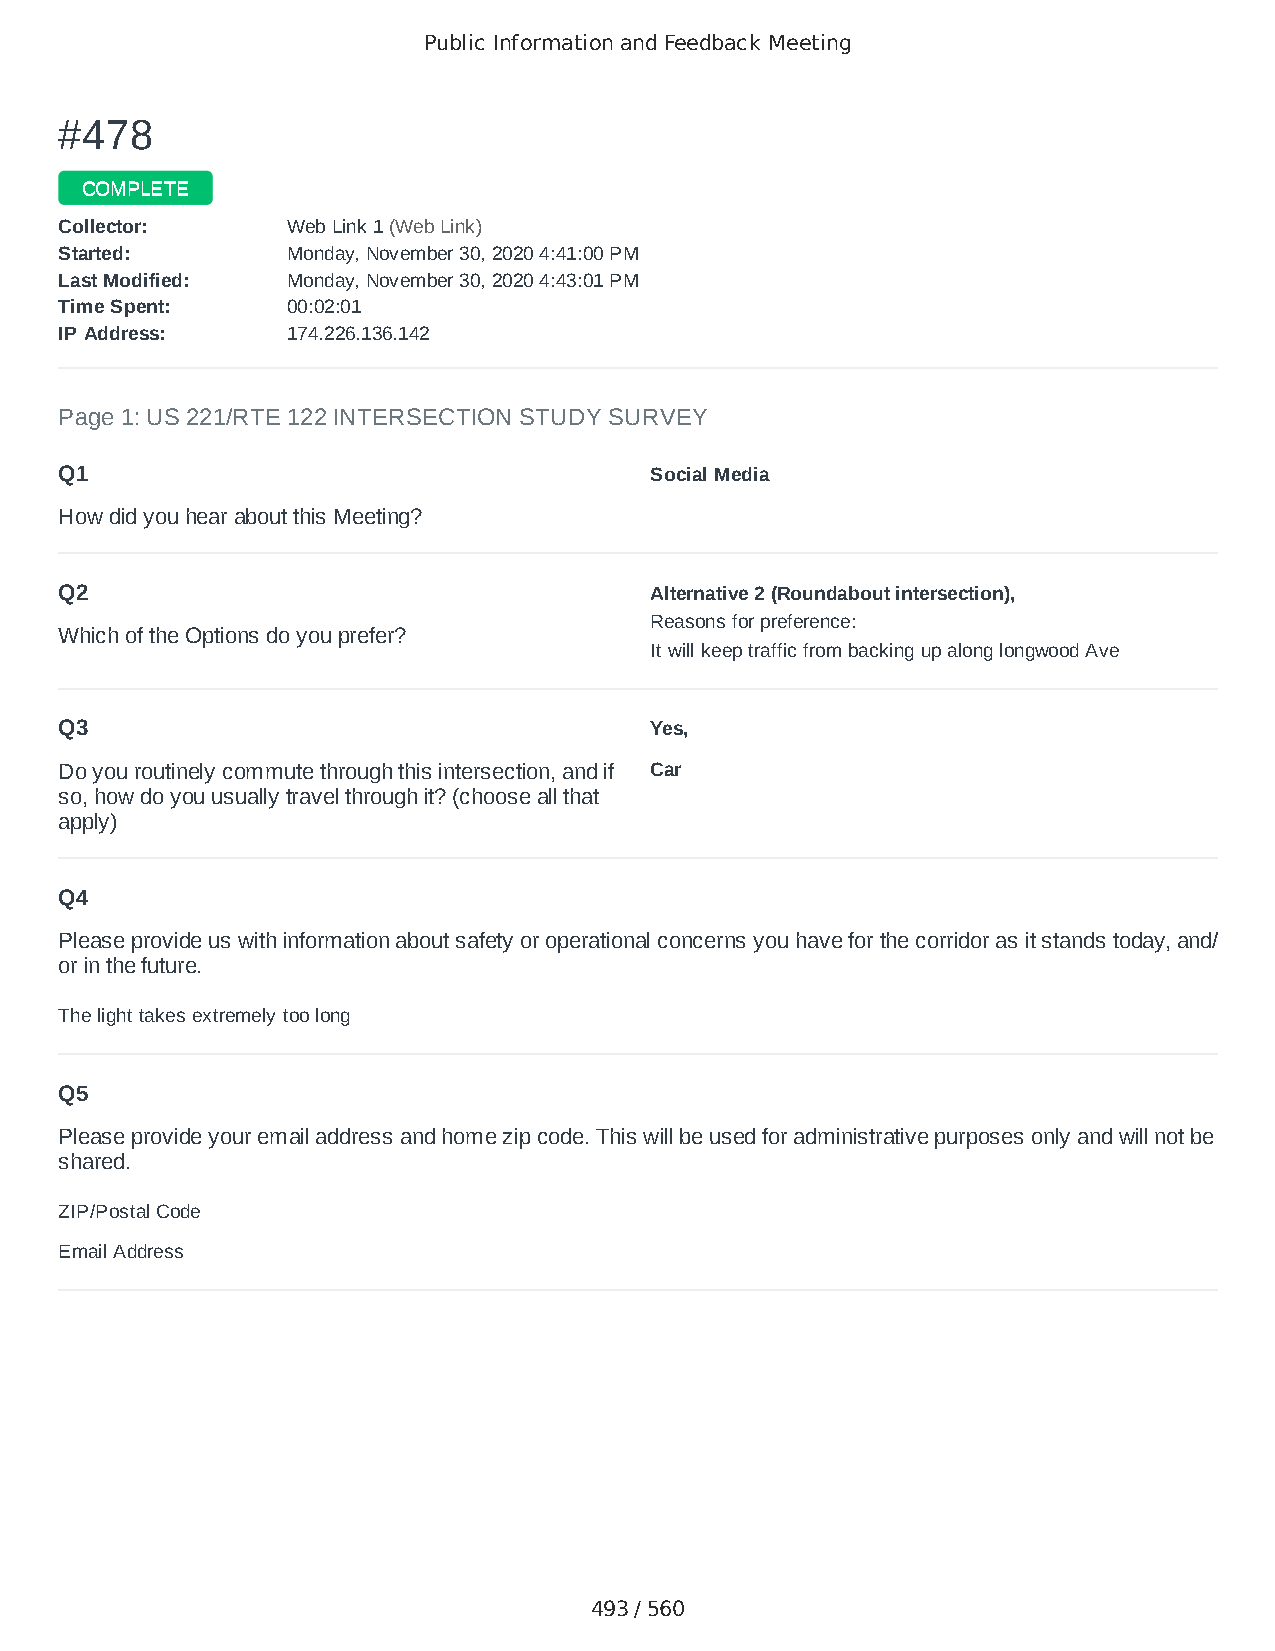
Public Information and Feedback Meeting
 ##447788
 CCOOMMPPLLEETTEE
 CCoolllleeccttoorr:: WWeebb LLiinnkk 11 ((WWeebb LLiinnkk))
 SSttaarrtteedd:: MMoonnddaayy,, NNoovveemmbbeerr 3300,, 22002200 44::4411::0000 PPMM
 LLaasstt MMooddiiffiieedd:: MMoonnddaayy,, NNoovveemmbbeerr 3300,, 22002200 44::4433::0011 PPMM
 TTiimmee SSppeenntt:: 0000::0022::0011
 IIPP AAddddrreessss:: 117744..222266..113366..114422
 Page 1: US 221/RTE 122 INTERSECTION STUDY SURVEY
 Q1                                     Social Media
 How did you hear about this Meeting?
 Q2                                     Alternative 2 (Roundabout intersection),
 Reasons for preference:
 Which of the Options do you prefer?
 It will keep traffic from backing up along longwood Ave
 Q3                                     Yes,
 Do you routinely commute through this intersection, and if Car
 so, how do you usually travel through it? (choose all that
 apply)
 Q4
 Please provide us with information about safety or operational concerns you have for the corridor as it stands today, and/
 or in the future.
 The light takes extremely too long
 Q5
 Please provide your email address and home zip code. This will be used for administrative purposes only and will not be
 shared.
 ZIP/Postal Code                        24523
 Email Address                          gladams@icloud.com
 493 / 560